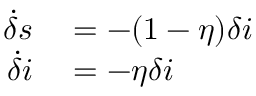
\begin{array} { r l } { \dot { \delta } s } & { { } = - ( 1 - \eta ) \delta i } \\ { \dot { \delta } i } & { { } = - \eta \delta i } \end{array}